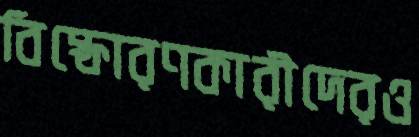
বিস্ফোরণকারীদেরও